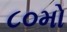
૮૦મો